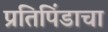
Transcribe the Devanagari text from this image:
प्रतिपिंडाचा